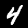
Label: 4